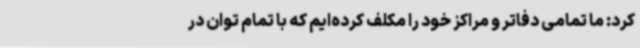
کرد: ما تمامی دفاتر و مراکز خود را مکلف کرده‌ایم که با تمام توان در